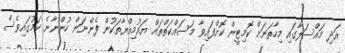
އަދި މައްސަލާގައި މިހާތަނަށް ކޮމިޓީން ކޮށްފައިވާ މަސައްކަތްތައް ޔައުމިއްޔާތަކުން ފެންނަން ހުންނާނެ ކަމުގައިވެސް